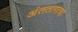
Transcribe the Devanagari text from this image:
अंततागत्वा